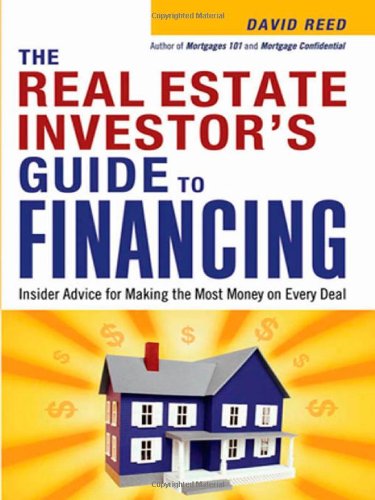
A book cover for The Real Estate Investor's Guide to Financing: Insider Advice for Making the Most Money on Every Deal; David Reed; Business & Money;